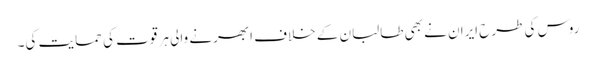
روس کی طرح ایران نے بھی طالبان کے خلاف ابھرنے والی ہر قوت کی حمایت کی۔